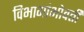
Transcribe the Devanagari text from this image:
विभागांभोवती